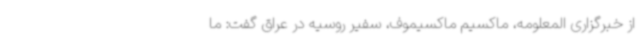
از خبرگزاری المعلومه، ماکسیم ماکسیموف، سفیر روسیه در عراق گفت: ما